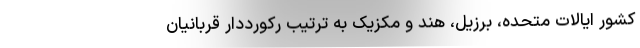
کشور ایالات متحده، برزیل، هند و مکزیک به ترتیب رکورددارِ قربانیان